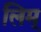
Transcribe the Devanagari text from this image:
लिम्‌